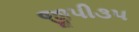
જીપી૩૫